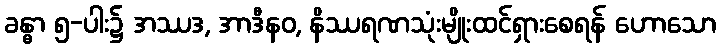
ခန္ဓာ ၅-ပါး၌ အဿဒ, အာဒီနဝ, နိဿရဏသုံးမျိုးထင်ရှားစေရန် ဟောသော